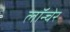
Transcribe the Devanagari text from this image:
लॉन्चेर